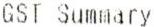
GST SUMMARY